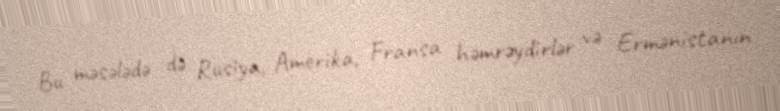
Bu məsələdə də Rusiya, Amerika, Fransa həmrəydirlər və Ermənistanın